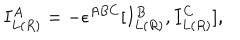
I _ { L ( R ) } ^ { A } = - \epsilon ^ { A B C } [ I _ { L ( R ) } ^ { B } , I _ { L ( R ) } ^ { C } ] ,